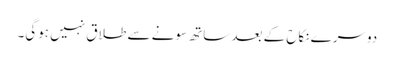
دوسرے نکاح کے بعد ساتھ سونے سے طلاق نہیں ہوگی۔